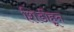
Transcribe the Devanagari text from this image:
शिर्डीहून